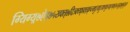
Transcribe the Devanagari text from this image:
ग्यिग्य्र्७ऐइ७५ख्फ्त्७दित्र्क्य्फ्फ्र्य्र्क्च्त्क्दुत्फ्दुय्फ्य्फुत्फ्द्ग्फ्त्५त्च्तुद्७फुत्दु५ए